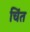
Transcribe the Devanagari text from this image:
चिंत